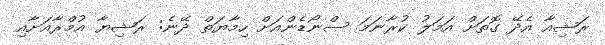
ރަޝިއާ އެދޭ ގޮތަށް އަމަލު ކުރާނަމަ ސްނޯޑެންއަށް ހިމާޔަތް ދޭނެ: ރަޝިޔާ އުމްރާއަށާއި